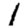
Digit: 1